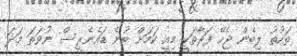
ތަހުތު ލިބެން ޖެހޭ ފަރާތަކީ މިއީ ކަމަށް ބުނެ ޑައެނެރީސް ނުވަތަ މަދަ